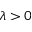
\lambda > 0